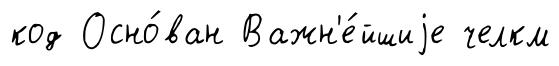
код Осно́ван Важн'е́йшиjе челкм